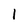
Character: 1